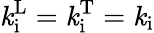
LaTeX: \mathit{k}_{\mathrm{{i}}}^{\mathrm{{L}}}=\mathit{k}_{\mathrm{{i}}}^{\mathrm{{T}}}=\mathit{k}_{\mathrm{{i}}}